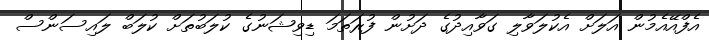
އެފްއޭއެމުން އަލަށް އެކުލަވާލި ގަވާއިދުގެ ދަށުން ފުރަތަމަ ޑިވިޝަނުގެ ކުލަބުތަށް ކުލަބް ލައިސަންސް